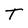
Character: T